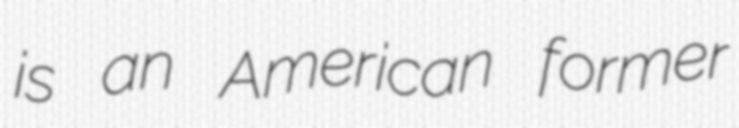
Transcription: is an American former